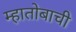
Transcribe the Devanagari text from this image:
म्हातोबाची